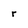
Character: r